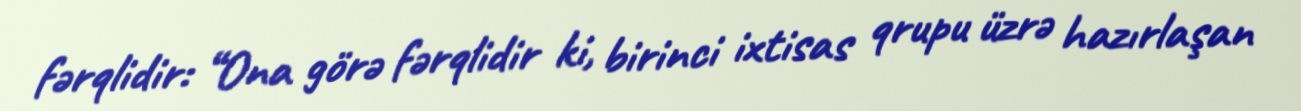
fərqlidir: “Ona görə fərqlidir ki, birinci ixtisas qrupu üzrə hazırlaşan